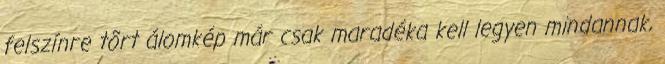
felszínre tõrt álomkép már csak maradéka kell legyen mindannak,